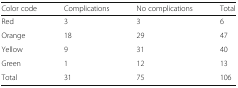
<table><thead><tr><td><b>Color code</b></td><td><b>Complications</b></td><td><b>No complications</b></td><td><b>Total</b></td></tr></thead><tbody><tr><td>Red</td><td>3</td><td>3</td><td>6</td></tr><tr><td>Orange</td><td>18</td><td>29</td><td>47</td></tr><tr><td>Yellow</td><td>9</td><td>31</td><td>40</td></tr><tr><td>Green</td><td>1</td><td>12</td><td>13</td></tr><tr><td>Total</td><td>31</td><td>75</td><td>106</td></tr></tbody></table>